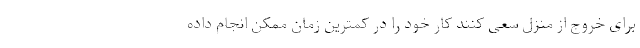
برای خروج از منزل سعی کنند کار خود را در کمترین زمان ممکن انجام داده